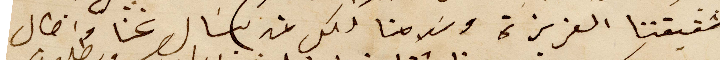
شقيقتنا العزيزة وسَلامنا لكل من يسَال عنا واطال